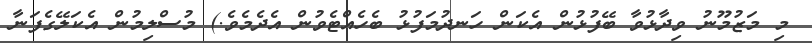
މި މަޒުމޫނު ވިދާޅުވާ ބޭފުޅުން އެކަން ހަނދުމަފުޅު ބެހެއްޓެވުން އެދެމެވެ.) މުސްލިމުން އެކަލޭގެފަނާ